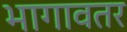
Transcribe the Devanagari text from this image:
भागावतर